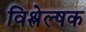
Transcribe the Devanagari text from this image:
विश्लेल्षक